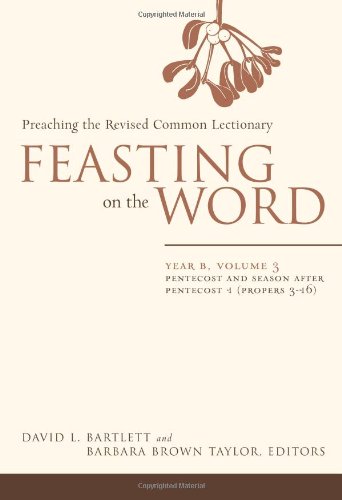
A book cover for Feasting on the Word: Year B, Vol. 3: Pentecost and Season after Pentecost 1 (Propers 3-16); Christian Books & Bibles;